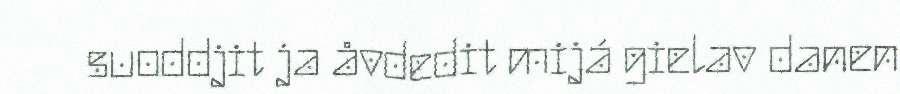
suoddjit ja åvdedit mijá gielav danen